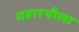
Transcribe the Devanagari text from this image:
महारथीला